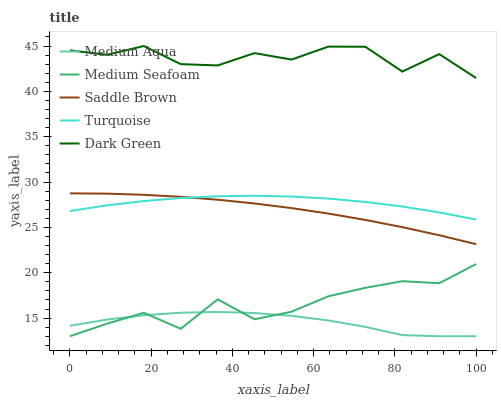
| xaxis_label | Medium Aqua | Medium Seafoam | Saddle Brown | Turquoise | Dark Green |
 | --- | --- | --- | --- | --- | --- |
 | 0 | 14.2 | 13 | 28.8 | 26.8 | 44.5 |
 | 9.09 | 14.8 | 14.4 | 28.7 | 27.4 | 44 |
 | 18.2 | 15.3 | 15.6 | 28.6 | 27.9 | 45 |
 | 27.3 | 15.6 | 13.8 | 28.4 | 28.2 | 43 |
 | 36.4 | 15.7 | 17.1 | 28.1 | 28.4 | 42.9 |
 | 45.5 | 15.6 | 14.9 | 27.6 | 28.5 | 44.2 |
 | 54.5 | 15.3 | 15.7 | 27.1 | 28.4 | 43.5 |
 | 63.6 | 14.7 | 17.4 | 26.5 | 28.2 | 44.9 |
 | 72.7 | 14 | 18.3 | 25.8 | 27.8 | 44.9 |
 | 81.8 | 13.1 | 19.1 | 25 | 27.3 | 42.2 |
 | 90.9 | 13 | 18.8 | 24.1 | 26.7 | 44.1 |
 | 100 | 13 | 21 | 23.2 | 25.9 | 41.5 |